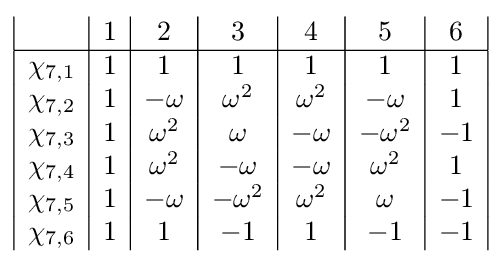
{\begin{array}{|c|c|c|c|c|c|c|}&1&2&3&4&5&6\\\hline \chi _{7,1}&1&1&1&1&1&1\\\chi _{7,2}&1&-\omega &\omega ^{2}&\omega ^{2}&-\omega &1\\\chi _{7,3}&1&\omega ^{2}&\omega &-\omega &-\omega ^{2}&-1\\\chi _{7,4}&1&\omega ^{2}&-\omega &-\omega &\omega ^{2}&1\\\chi _{7,5}&1&-\omega &-\omega ^{2}&\omega ^{2}&\omega &-1\\\chi _{7,6}&1&1&-1&1&-1&-1\\\end{array}}